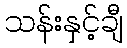
သန်းနှင့်ချီ